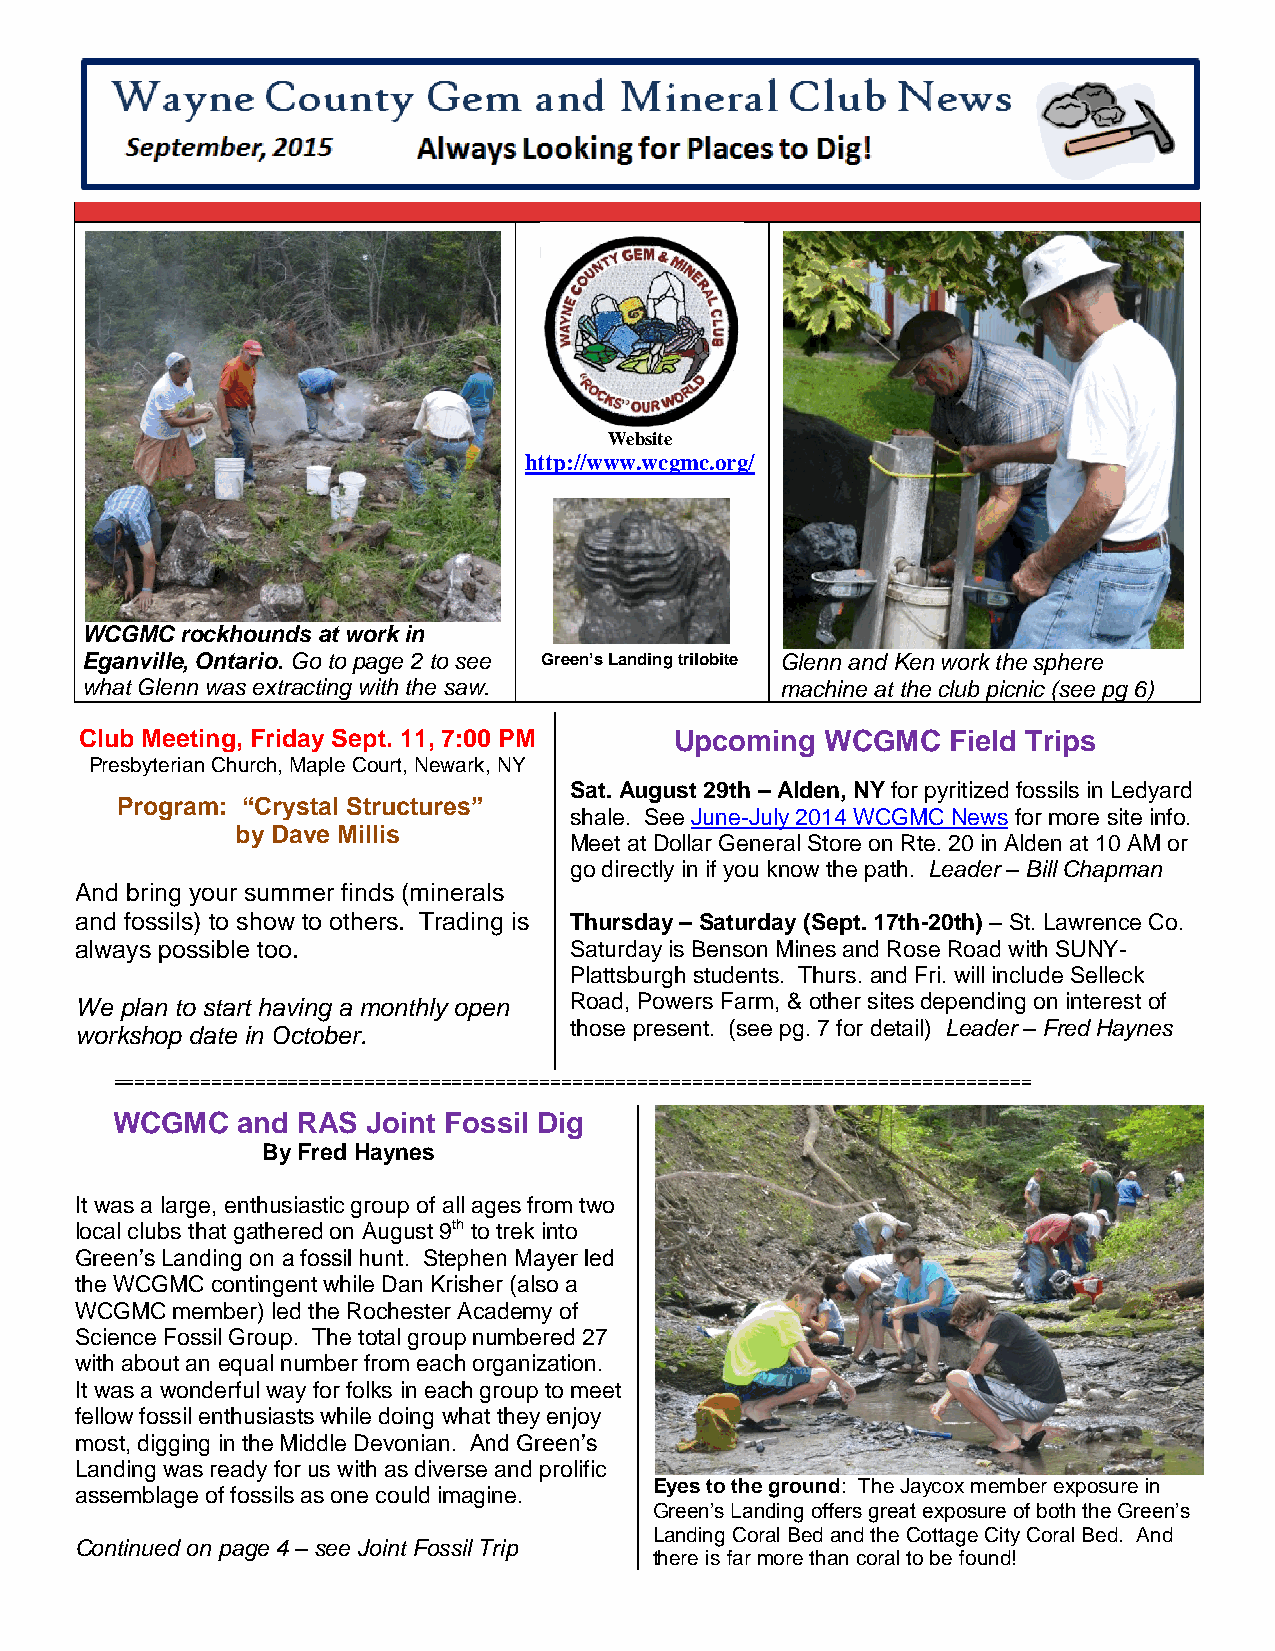
Website
 http://www.wcgmc.org/
 WCGMC  rockhounds at work in
 Eganville, Ontario. Go to page 2 to see Green’s Landing trilobite Glenn and Ken work the sphere
 what Glenn was extracting with the saw.        machine at the club picnic (see pg 6)
 Club Meeting, Friday Sept. 11, 7:00 PM  Upcoming  WCGMC   Field Trips
 Presbyterian Church, Maple Court, Newark, NY
 Sat. August 29th – Alden, NY for pyritized fossils in Ledyard
 Program: “Crystal Structures”
 shale. See June-July 2014 WCGMC News for more site info.
 by Dave Millis
 Meet at Dollar General Store on Rte. 20 in Alden at 10 AM or
 go directly in if you know the path. Leader – Bill Chapman
 And bring your summer finds (minerals
 and fossils) to show to others. Trading is Thursday – Saturday (Sept. 17th-20th) – St. Lawrence Co.
 always possible too.             Saturday is Benson Mines and Rose Road with SUNY-
 Plattsburgh students. Thurs. and Fri. will include Selleck
 We plan to start having a monthly open Road, Powers Farm, & other sites depending on interest of
 those present. (see pg. 7 for detail) Leader – Fred Haynes
 workshop date in October.
 ====================================================================================
 WCGMC    and RAS Joint Fossil Dig
 By Fred Haynes
 It was a large, enthusiastic group of all ages from two
 local clubs that gathered on August 9th to trek into
 Green’s Landing on a fossil hunt. Stephen Mayer led
 the WCGMC contingent while Dan Krisher (also a
 WCGMC member) led the Rochester Academy of
 Science Fossil Group. The total group numbered 27
 with about an equal number from each organization.
 It was a wonderful way for folks in each group to meet
 fellow fossil enthusiasts while doing what they enjoy
 most, digging in the Middle Devonian. And Green’s
 Landing was ready for us with as diverse and prolific
 Eyes to the ground: The Jaycox member exposure in
 assemblage of fossils as one could imagine.
 Green’s Landing offers great exposure of both the Green’s
 Landing Coral Bed and the Cottage City Coral Bed. And
 Continued on page 4 – see Joint Fossil Trip
 there is far more than coral to be found!